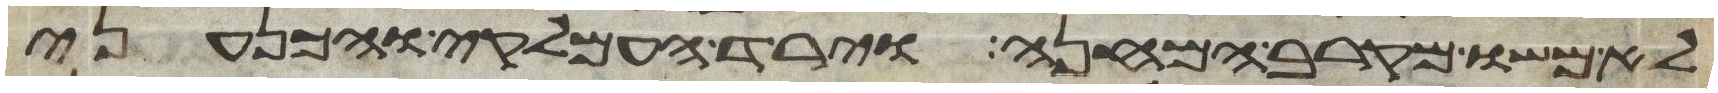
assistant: לא משו מקרב המחנה וירד העמלקי והכנעני